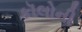
કૉલોની